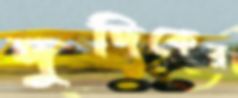
দুদিকের